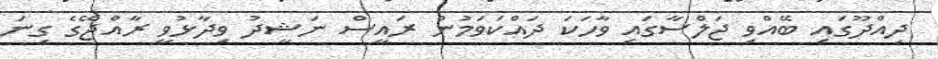
ދިއްދޫގައި ބޭއްވި ޖަލްސާގައި ވާހަކަ ދައްކަވަމުން ރައީސް ނަޝީދު ވިދާޅުވީ ރާއްޖޭގެ ގިނަ